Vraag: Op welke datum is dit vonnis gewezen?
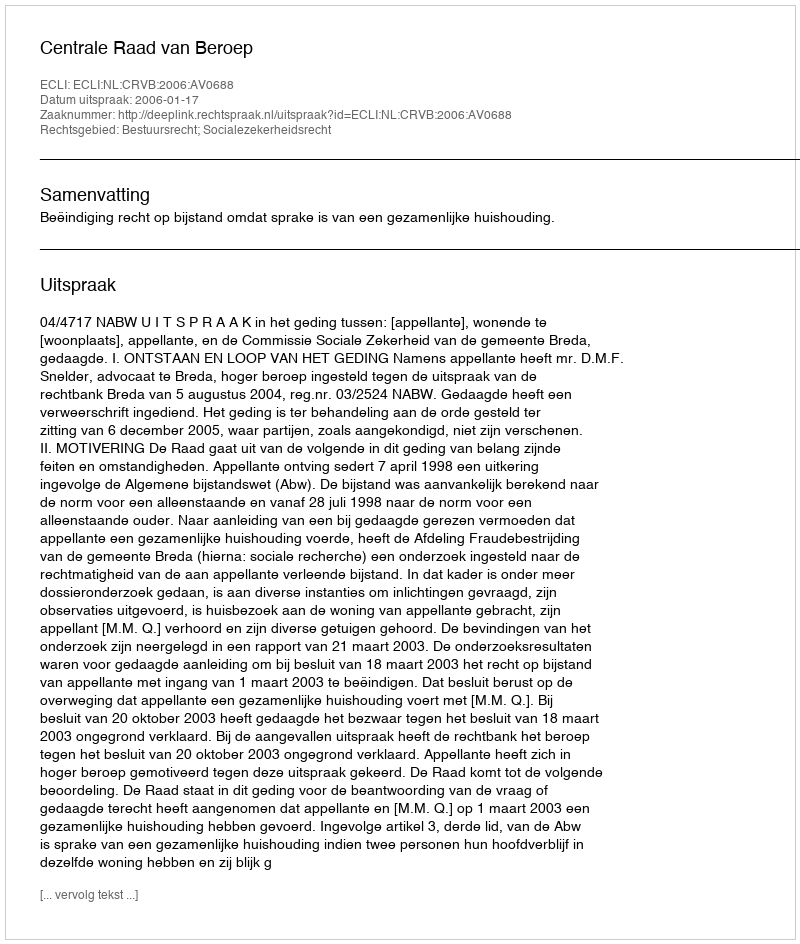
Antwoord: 2006-01-17